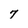
Character: 7